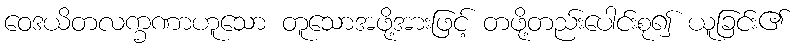
ဝေဒယိတလက္ခဏာဟူသော တူသောအဖို့အားဖြင့် တဖို့တည်းပေါင်းစု၍ ယူခြင်း၏